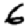
Digit: 6